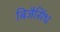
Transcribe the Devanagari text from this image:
बिजैसिंध